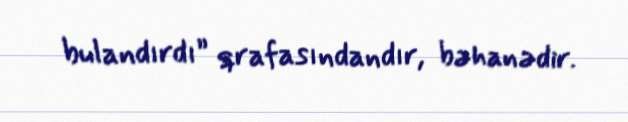
bulandırdı” qrafasındandır, bəhanədir.